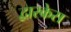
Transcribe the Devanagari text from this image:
द्वारकेस